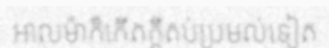
អាលម៉ាក៏កើតក្តីតប់ប្រមល់ទៀត